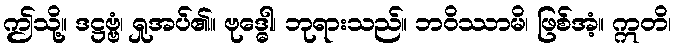
ဤသို့။ ဒဋ္ဌဗ္ဗံ၊ ရှုအပ်၏။ ဗုဒ္ဓေါ၊ ဘုရားသည်။ ဘဝိဿာမိ၊ ဖြစ်အံ့။ ဣတိ၊